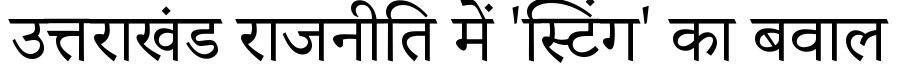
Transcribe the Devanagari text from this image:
उत्तराखंड राजनीति में 'स्टिंग' का बवाल